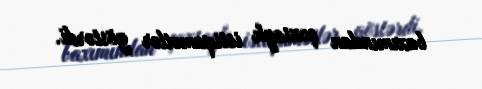
baxımından çoxsaylı istiqamətlər göstərdi.